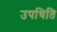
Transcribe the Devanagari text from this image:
उपथिति